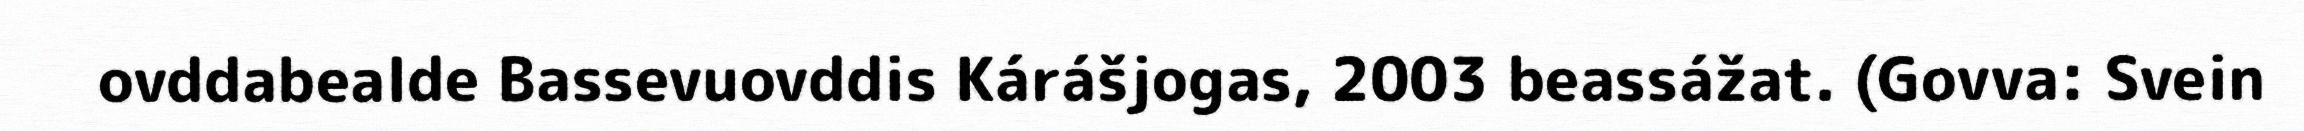
ovddabealde Bassevuovddis Kárášjogas, 2003 beassážat. (Govva: Svein